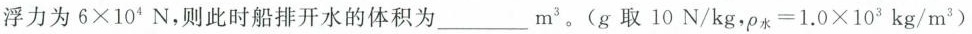
浮力为$$6\times10^{4}N$$，则此时船排开水的体积为___m^{3}。(g取10N/kg，\rho =1.0\times 10^{3}kg/m^{3})